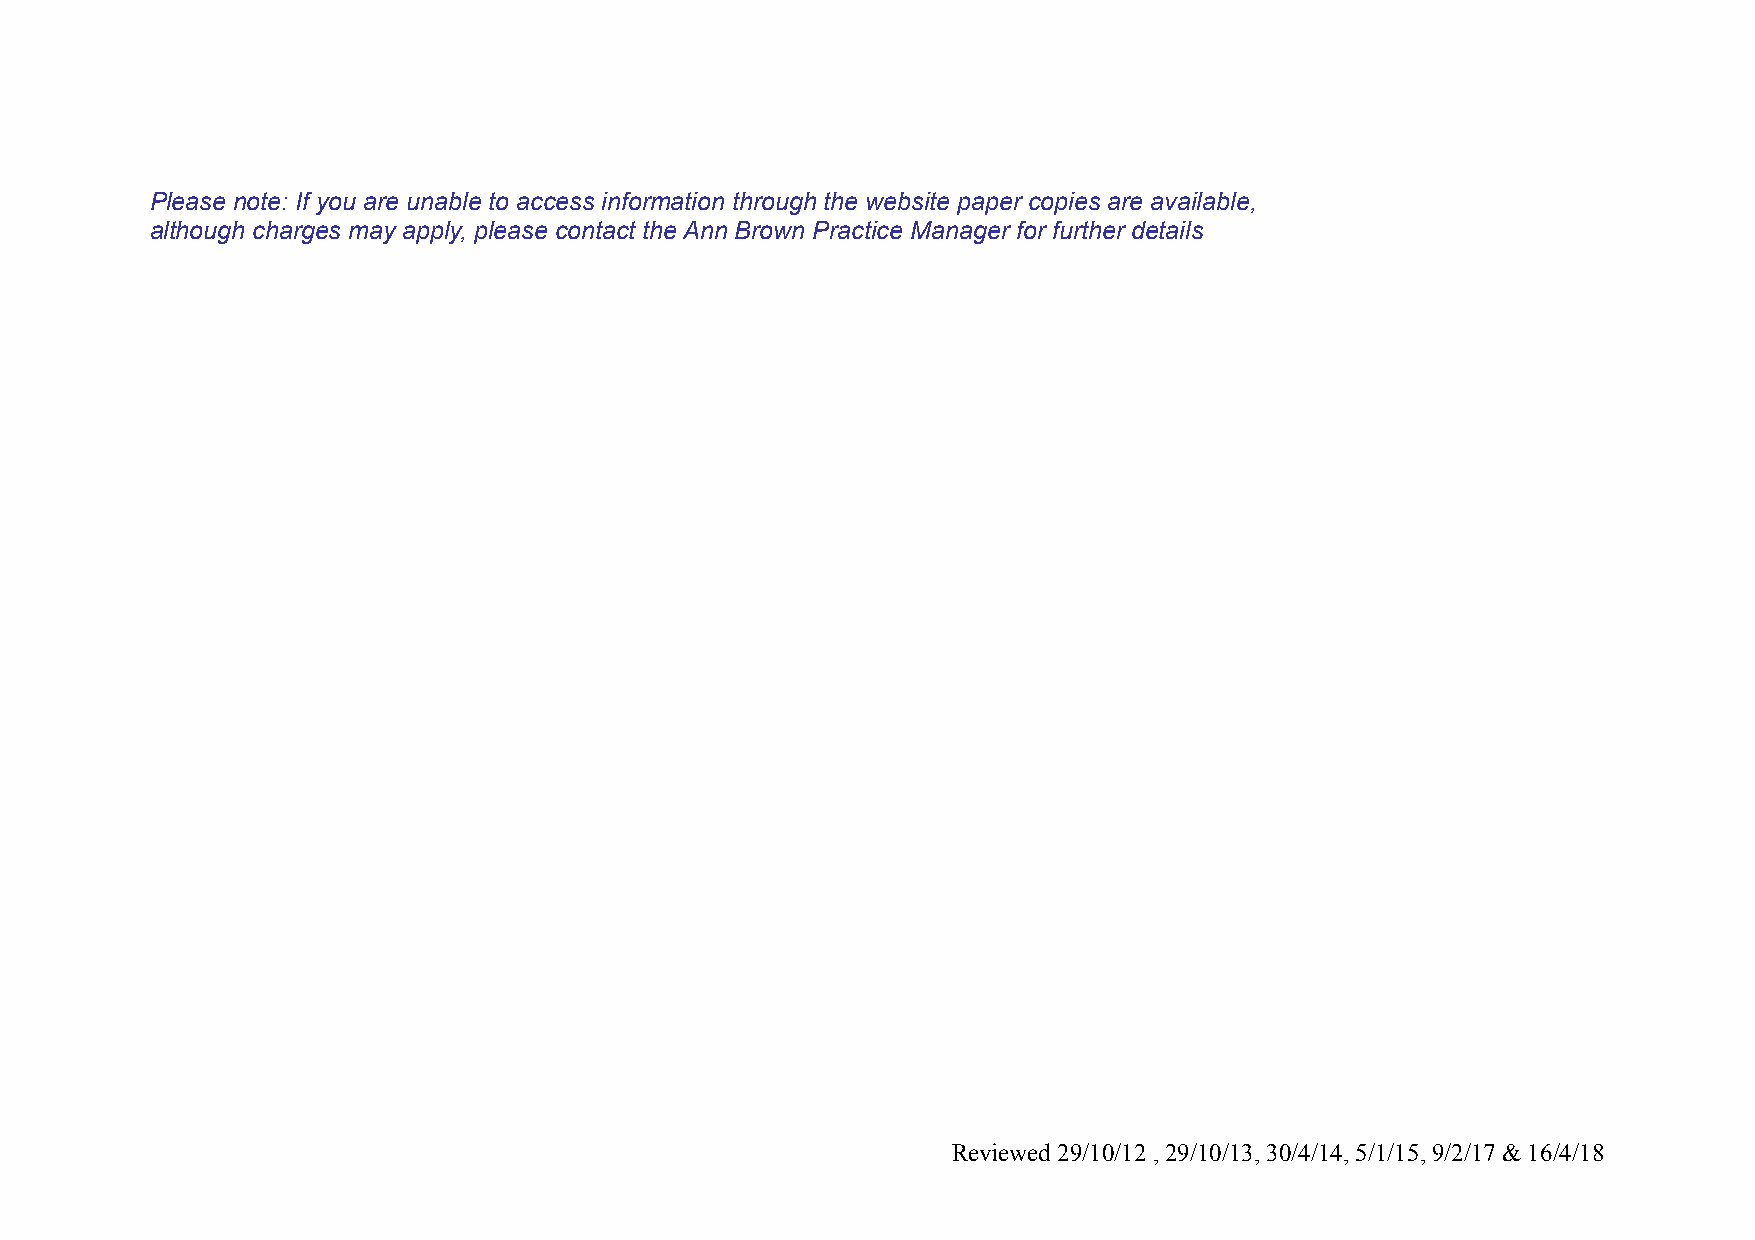
Please note: If you are unable to access information through the website paper copies are available,
 although charges may apply, please contact the Ann Brown Practice Manager for further details
 Reviewed 29/10/12 , 29/10/13, 30/4/14, 5/1/15, 9/2/17 & 16/4/18